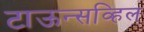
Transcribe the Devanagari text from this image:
टाऊन्सव्हिल